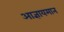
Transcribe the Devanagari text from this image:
आज्ञायमान